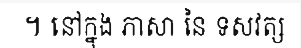
។ នៅក្នុង ភាសា នៃ ទសវត្ស